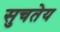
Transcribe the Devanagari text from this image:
सुचतेय